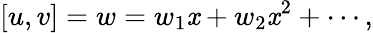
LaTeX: [u,v]=w=w_{1}\mathit{x}+w_{2}\mathit{x}^{2}+\cdots,